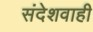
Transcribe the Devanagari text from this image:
संदेशवाही